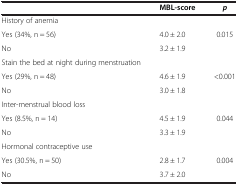
<table><thead><tr><td><b> </b></td><td><b>MBL-score</b></td><td><b><i>p</i></b></td></tr></thead><tbody><tr><td>History of anemia</td><td> </td><td> </td></tr><tr><td>Yes (34%, n = 56)</td><td>4.0 ± 2.0</td><td rowspan="2">0.015</td></tr><tr><td>No</td><td>3.2 ± 1.9</td></tr><tr><td>Stain the bed at night during menstruation</td><td> </td><td> </td></tr><tr><td>Yes (29%, n = 48)</td><td>4.6 ± 1.9</td><td rowspan="2">&lt;0.001</td></tr><tr><td>No</td><td>3.0 ± 1.8</td></tr><tr><td>Inter-menstrual blood loss</td><td> </td><td> </td></tr><tr><td>Yes (8.5%, n = 14)</td><td>4.5 ± 1.9</td><td rowspan="2">0.044</td></tr><tr><td>No</td><td>3.3 ± 1.9</td></tr><tr><td>Hormonal contraceptive use</td><td> </td><td> </td></tr><tr><td>Yes (30.5%, n = 50)</td><td>2.8 ± 1.7</td><td rowspan="2">0.004</td></tr><tr><td>No</td><td>3.7 ± 2.0</td></tr></tbody></table>